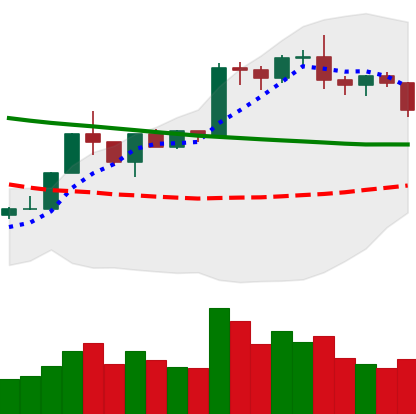
Ticker: BTC-USD
Chart end date: 2020-01-23
Forward return: 11.325%
Label: up_7plus